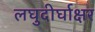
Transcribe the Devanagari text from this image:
लघुदीर्घाक्षर